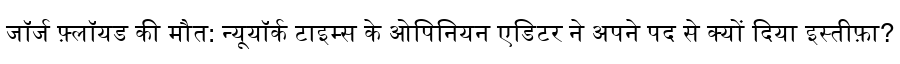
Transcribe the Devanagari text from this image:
जॉर्ज फ़्लॉयड की मौत: न्यूयॉर्क टाइम्स के ओपिनियन एडिटर ने अपने पद से क्यों दिया इस्तीफ़ा?